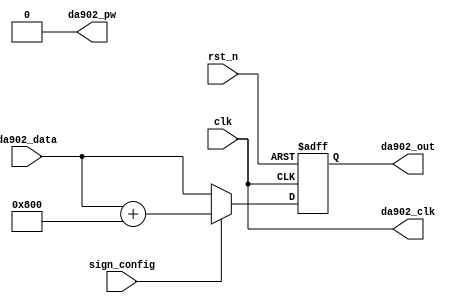
`timescale 1ns / 1ps
//////////////////////////////////////////////////////////////////////////////////
// Company: 
// Engineer: 
// 
// Design Name: 
// Module Name: DAC902_drive
// Project Name: 
// Target Devices: 
// Tool Versions: 
// Description: 
// 
// Dependencies: 
// 
// Revision:
// Revision 0.01 - File Created
// Additional Comments:
// 
//////////////////////////////////////////////////////////////////////////////////


module DAC902_drive(
    input               clk,
    input               rst_n,
    input       [11:0]  da902_data,
    input               sign_config,
    output              da902_clk,
    output              da902_pw,
    output  reg [11:0]  da902_out
    );
    
    assign          da902_pw = 0;
    assign          da902_clk = clk;
    always@(posedge clk, negedge rst_n) begin
        if(!rst_n)
            da902_out <= 0;
        else if(sign_config)
            da902_out <= da902_data + 12'd2048;
        else    
            da902_out <= da902_data;
    end
endmodule